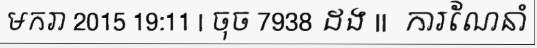
មករា 2015 19:11 | ចុច 7938 ដង ||  ការណែនាំ